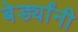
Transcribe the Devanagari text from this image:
बेर्ड्यांनी